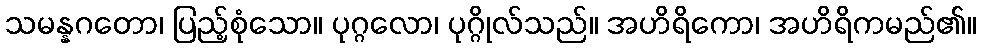
သမန္နဂတော၊ ပြည့်စုံသော။ ပုဂ္ဂလော၊ ပုဂ္ဂိုလ်သည်။ အဟိရိကော၊ အဟိရိကမည်၏။